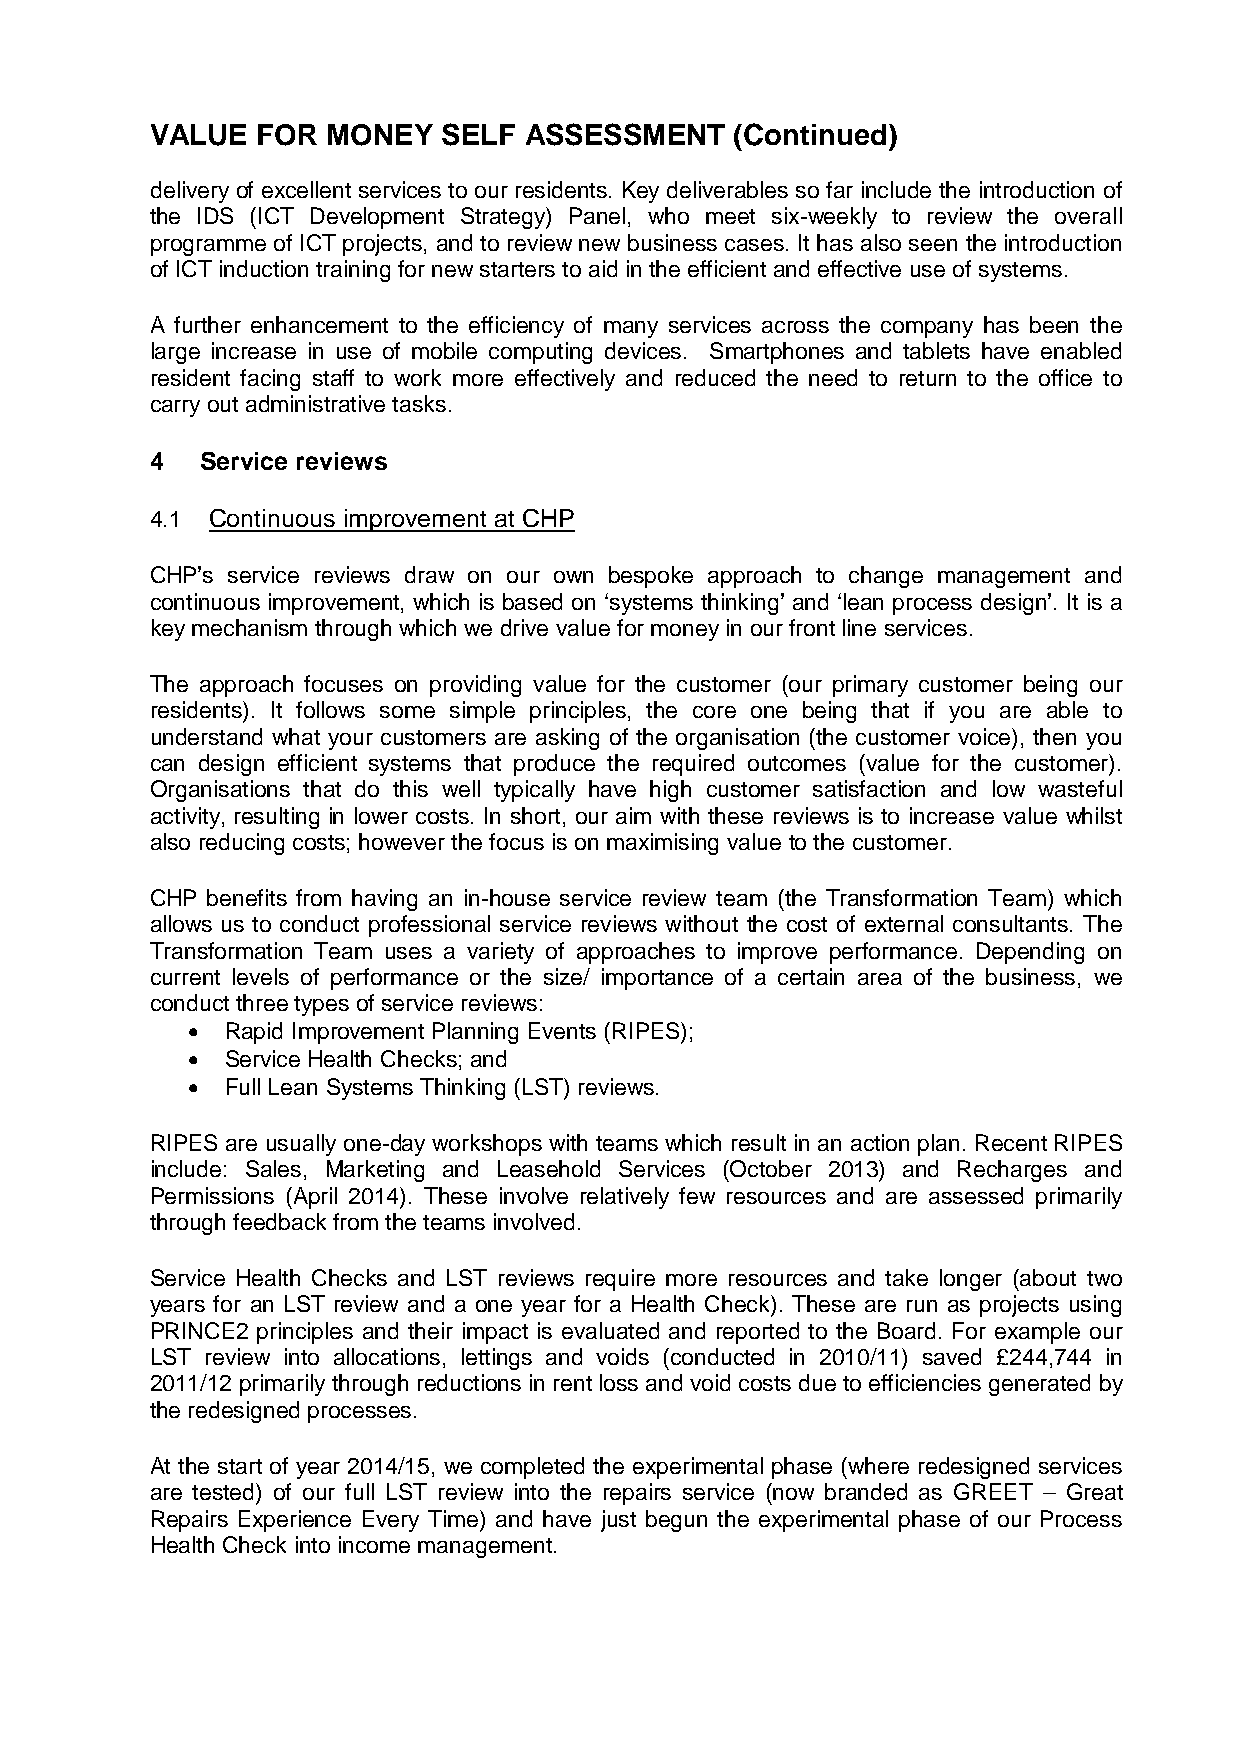
VALUE  FOR  MONEY  SELF  ASSESSMENT    (Continued)
 delivery of excellent services to our residents. Key deliverables so far include the introduction of
 the IDS (ICT Development Strategy) Panel, who meet six-weekly to review the overall
 programme of ICT projects, and to review new business cases. It has also seen the introduction
 of ICT induction training for new starters to aid in the efficient and effective use of systems.
 A further enhancement to the efficiency of many services across the company has been the
 large increase in use of mobile computing devices. Smartphones and tablets have enabled
 resident facing staff to work more effectively and reduced the need to return to the office to
 carry out administrative tasks.
 4  Service reviews
 4.1 Continuous improvement at CHP
 CHP’s service reviews draw on our own bespoke approach to change management and
 continuous improvement, which is based on ‘systems thinking’ and ‘lean process design’. It is a
 key mechanism through which we drive value for money in our front line services.
 The approach focuses on providing value for the customer (our primary customer being our
 residents). It follows some simple principles, the core one being that if you are able to
 understand what your customers are asking of the organisation (the customer voice), then you
 can design efficient systems that produce the required outcomes (value for the customer).
 Organisations that do this well typically have high customer satisfaction and low wasteful
 activity, resulting in lower costs. In short, our aim with these reviews is to increase value whilst
 also reducing costs; however the focus is on maximising value to the customer.
 CHP benefits from having an in-house service review team (the Transformation Team) which
 allows us to conduct professional service reviews without the cost of external consultants. The
 Transformation Team uses a variety of approaches to improve performance. Depending on
 current levels of performance or the size/ importance of a certain area of the business, we
 conduct three types of service reviews:
 •  Rapid Improvement Planning Events (RIPES);
 •  Service Health Checks; and
 •  Full Lean Systems Thinking (LST) reviews.
 RIPES are usually one-day workshops with teams which result in an action plan. Recent RIPES
 include: Sales, Marketing and Leasehold Services (October 2013) and Recharges and
 Permissions (April 2014). These involve relatively few resources and are assessed primarily
 through feedback from the teams involved.
 Service Health Checks and LST reviews require more resources and take longer (about two
 years for an LST review and a one year for a Health Check). These are run as projects using
 PRINCE2 principles and their impact is evaluated and reported to the Board. For example our
 LST review into allocations, lettings and voids (conducted in 2010/11) saved £244,744 in
 2011/12 primarily through reductions in rent loss and void costs due to efficiencies generated by
 the redesigned processes.
 At the start of year 2014/15, we completed the experimental phase (where redesigned services
 are tested) of our full LST review into the repairs service (now branded as GREET – Great
 Repairs Experience Every Time) and have just begun the experimental phase of our Process
 Health Check into income management.